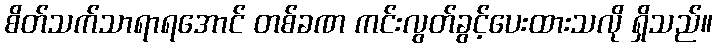
စိတ်သက်သာရာရအောင် တစ်ခဏ ကင်းလွတ်ခွင့်ပေးထားသလို ရှိသည်။